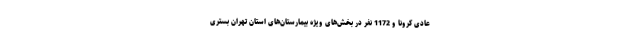
عادی کرونا و 1172 نفر در بخش‌های ویژه بیمارستان‌های استان تهران بستری